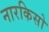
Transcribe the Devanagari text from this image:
नारकिसो